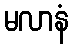
မလာနံ